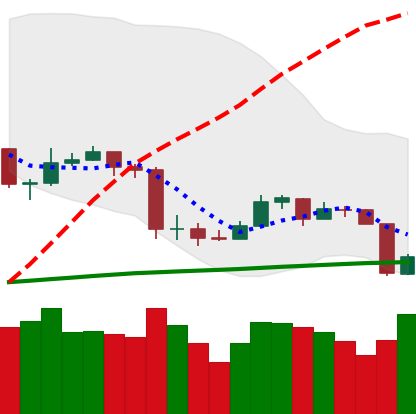
Ticker: ETC-USD
Chart end date: 2020-03-09
Forward return: -33.208%
Label: down_7plus